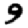
Digit: 9